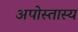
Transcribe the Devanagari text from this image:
अपोस्तास्य